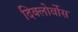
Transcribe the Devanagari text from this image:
दिक्लोर्वोस